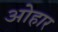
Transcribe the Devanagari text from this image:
ओहार